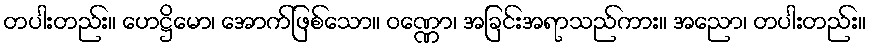
တပါးတည်း။ ဟေဋ္ဌိမော၊ အောက်ဖြစ်သော။ ဝဏ္ဏော၊ အခြင်းအရာသည်ကား။ အညော၊ တပါးတည်း။